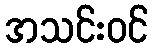
အသင်းဝင်